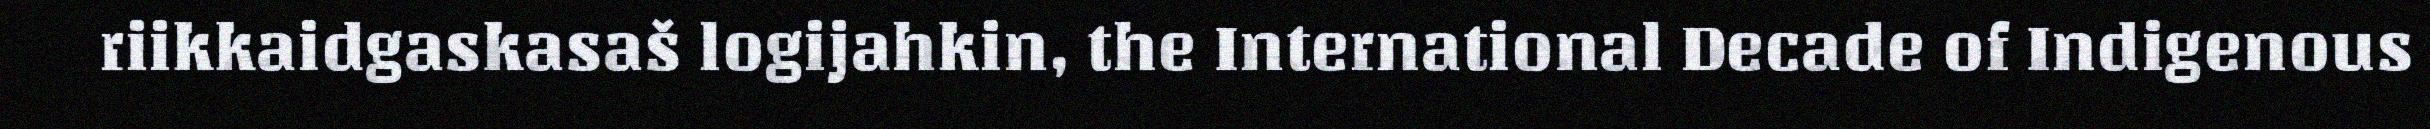
riikkaidgaskasaš logijahkin, the International Decade of Indigenous